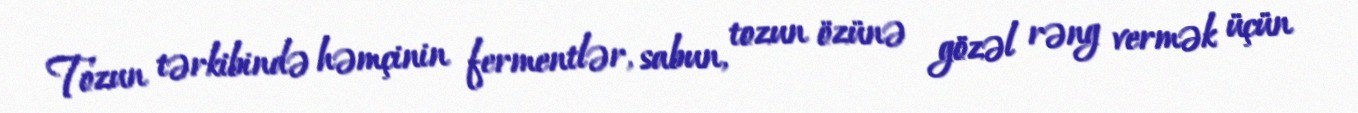
Tozun tərkibində həmçinin fermentlər, sabun, tozun özünə gözəl rəng vermək üçün